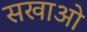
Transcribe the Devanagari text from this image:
सखाओ